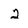
Character: 2